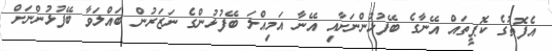
އެފޮތުގެ ކޮޕީތައް އޭނާގެ ބޭފުޅުންނަށާއި އޭނާ އަމިއްލަ ބޭފުޅުންގެ ނަޒަރުން ބައްލަވާ ބޭފުޅުންނަށް